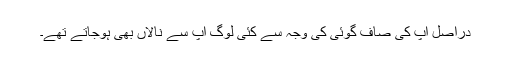
دراصل آپ کی صاف گوئی کی وجہ سے کئی لوگ آپ سے نالاں بھی ہوجاتے تھے۔